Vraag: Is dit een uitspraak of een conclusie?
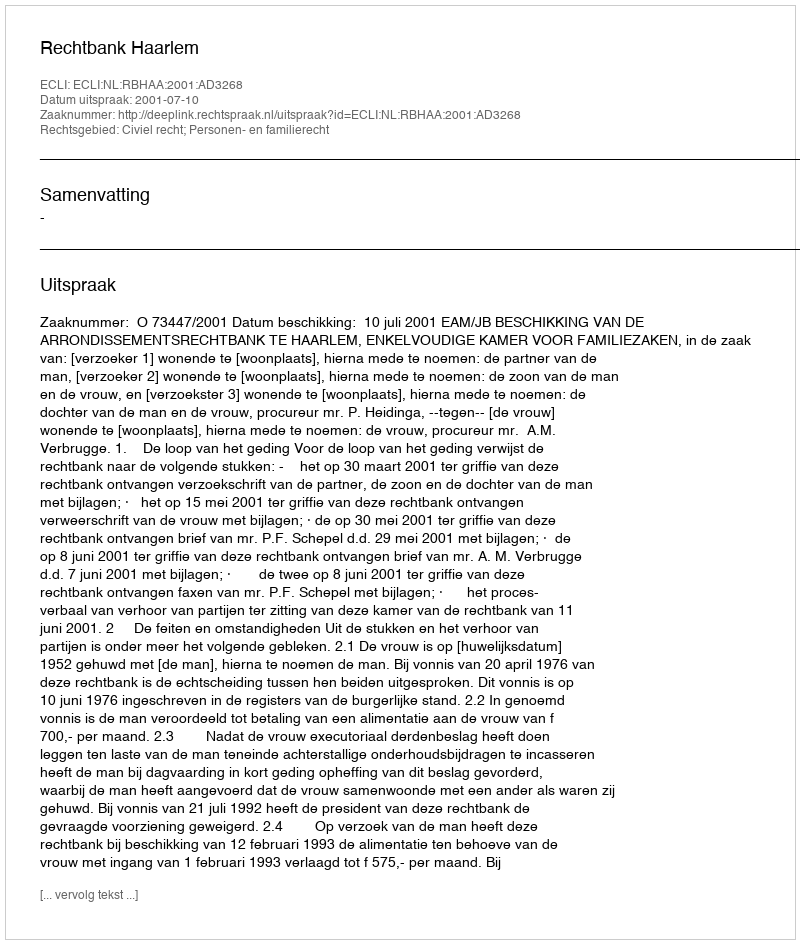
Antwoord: Uitspraak